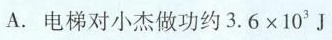
A.电梯对小杰做功约3.6×103J